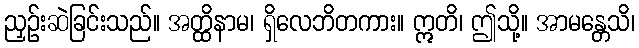
ညှဉ်းဆဲခြင်းသည်။ အတ္ထိနာမ၊ ရှိလေဘိတကား။ ဣတိ၊ ဤသို့။ အာမန္တေသိ၊